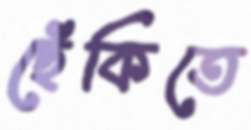
ছেঁকিতে